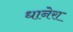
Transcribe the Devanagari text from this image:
धानेरा